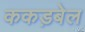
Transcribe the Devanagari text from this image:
ककड़बेल